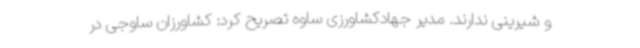
و شیرینی ندارند. مدیر جهادکشاورزی ساوه تصریح کرد: کشاورزان ساوجی در